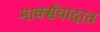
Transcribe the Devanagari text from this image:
मार्क्सवादात